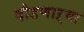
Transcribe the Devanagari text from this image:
दौडणाऱ्या